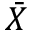
\bar { X }